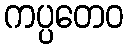
ကပ္ပတေဝ